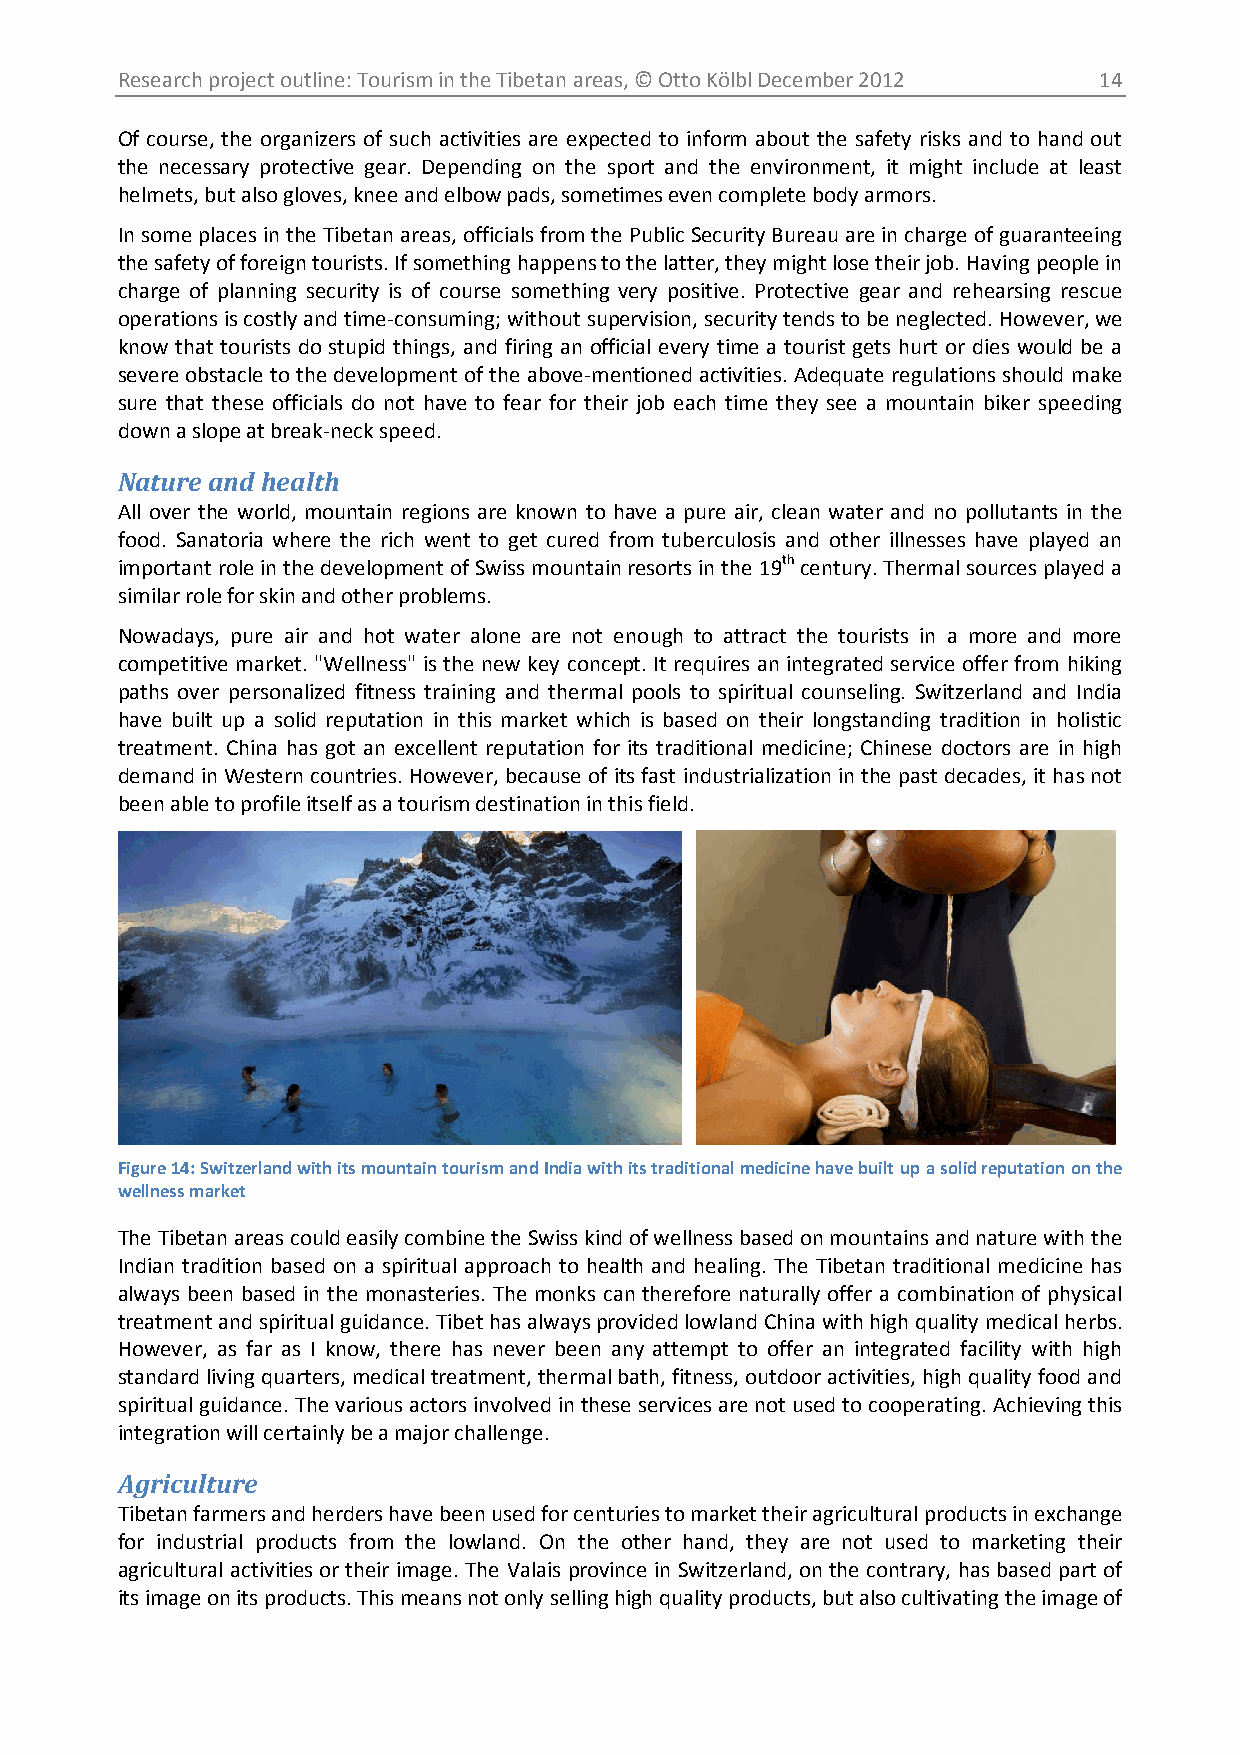
Research project outline: Tourism in the Tibetan areas, © Otto Kölbl December 2012 14
 Of course, the organizers of such activities are expected to inform about the safety risks and to hand out
 the necessary protective gear. Depending on the sport and the environment, it might include at least
 helmets, but also gloves, knee and elbow pads, sometimes even complete body armors.
 In some places in the Tibetan areas, officials from the Public Security Bureau are in charge of guaranteeing
 the safety of foreign tourists. If something happens to the latter, they might lose their job. Having people in
 charge of planning security is of course something very positive. Protective gear and rehearsing rescue
 operations is costly and time-consuming; without supervision, security tends to be neglected. However, we
 know that tourists do stupid things, and firing an official every time a tourist gets hurt or dies would be a
 severe obstacle to the development of the above-mentioned activities. Adequate regulations should make
 sure that these officials do not have to fear for their job each time they see a mountain biker speeding
 down a slope at break-neck speed.
 Nature and health
 All over the world, mountain regions are known to have a pure air, clean water and no pollutants in the
 food. Sanatoria where the rich went to get cured from tuberculosis and other illnesses have played an
 important role in the development of Swiss mountain resorts in the 19th century. Thermal sources played a
 similar role for skin and other problems.
 Nowadays, pure air and hot water alone are not enough to attract the tourists in a more and more
 competitive market. "Wellness" is the new key concept. It requires an integrated service offer from hiking
 paths over personalized fitness training and thermal pools to spiritual counseling. Switzerland and India
 have built up a solid reputation in this market which is based on their longstanding tradition in holistic
 treatment. China has got an excellent reputation for its traditional medicine; Chinese doctors are in high
 demand in Western countries. However, because of its fast industrialization in the past decades, it has not
 been able to profile itself as a tourism destination in this field.
 Figure 14: Switzerland with its mountain tourism and India with its traditional medicine have built up a solid reputation on the
 wellness market
 The Tibetan areas could easily combine the Swiss kind of wellness based on mountains and nature with the
 Indian tradition based on a spiritual approach to health and healing. The Tibetan traditional medicine has
 always been based in the monasteries. The monks can therefore naturally offer a combination of physical
 treatment and spiritual guidance. Tibet has always provided lowland China with high quality medical herbs.
 However, as far as I know, there has never been any attempt to offer an integrated facility with high
 standard living quarters, medical treatment, thermal bath, fitness, outdoor activities, high quality food and
 spiritual guidance. The various actors involved in these services are not used to cooperating. Achieving this
 integration will certainly be a major challenge.
 Agriculture
 Tibetan farmers and herders have been used for centuries to market their agricultural products in exchange
 for industrial products from the lowland. On the other hand, they are not used to marketing their
 agricultural activities or their image. The Valais province in Switzerland, on the contrary, has based part of
 its image on its products. This means not only selling high quality products, but also cultivating the image of